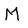
Character: M